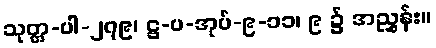
သုတ္တ-ပါ-၂၇၉၊ ဋ္ဌ-ပ-အုပ်-၉-၁၁၊ ၉ ၌ အညွှန်း။